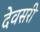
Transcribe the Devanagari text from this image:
देवसरी